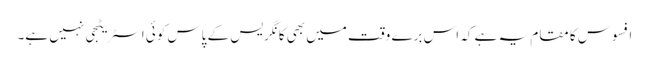
افسوس کا مقام یہ ہے کہ اس برے وقت میں بھی کانگریس کے پاس کوئی اسٹریٹجی نہیں ہے۔